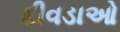
દીવડાઓ